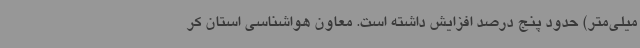
میلی‌متر) حدود پنج درصد افزایش داشته است. معاون هواشناسی استان کر